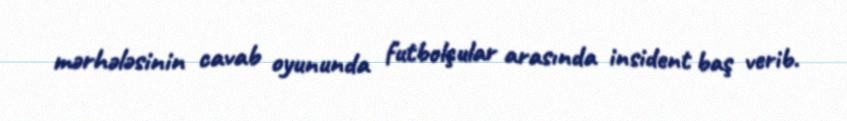
mərhələsinin cavab oyununda futbolçular arasında insident baş verib.